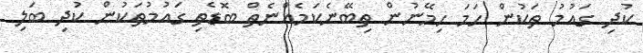
ކުދި ގައުމު ތަކުން ހަމަ ހިމޭނުން ތިބޭނެކަމެއްނެތް ބޮޑެތި ގައުމުތަކުން ކުދި ބަލި